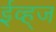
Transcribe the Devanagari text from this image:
ईव्ह्‌ज